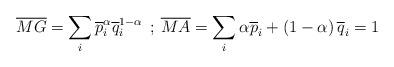
LaTeX: \begin{align*}\overline{MG}=\sum_{i} \overline{p}^{\alpha}_{i}\overline{q}^{1-\alpha}_{i}\:\:;\:\overline{MA}=\sum_{i}\alpha \overline{p}_{i}+\left(1-\alpha\right)\overline{q}_{i}=1\end{align*}